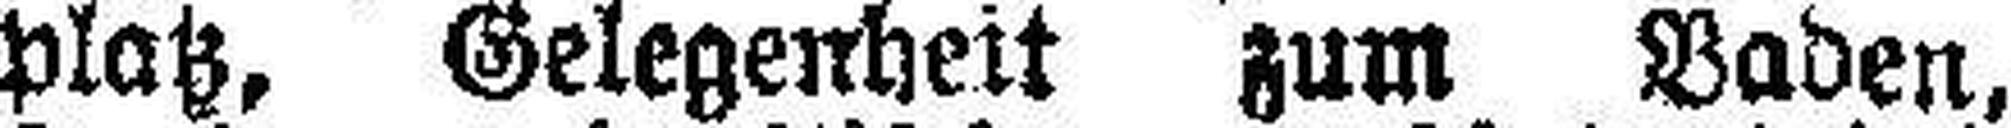
platz, Gelegenheit zum Baden.